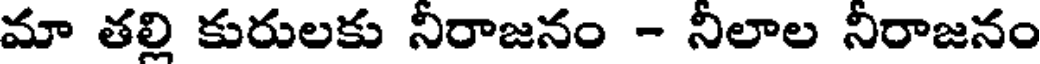
మా తల్లి కురులకు నిరాజనం - నిలాల నిరాజనం